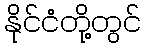
နိုင်ငံတို့တွင်